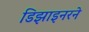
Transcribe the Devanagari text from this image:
डिझाइनरने